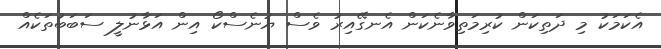
އެކަމަކު މި ދަތިކަން ކުރިމަތިވާނެކަން އެނގޭއިރު ވެސް ޔުނެސްކޯ އިން އަޅާނުލީ ސަބަބުތަކެއް